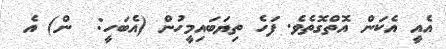
އެއީ އެކަން އޮތްގޮތެވެ. ފަހެ ތިޔަބައިމީހުން (އެބަހީ:  ން) އެ